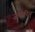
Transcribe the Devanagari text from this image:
ज़मोरिन्